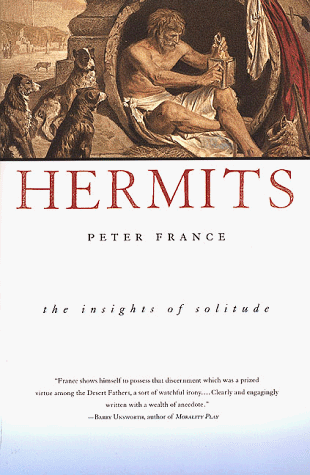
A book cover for Hermits; The Insights of Solitude; Peter France; Politics & Social Sciences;